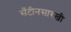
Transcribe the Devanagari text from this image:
सँटीनसारखी